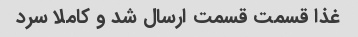
غذا قسمت قسمت ارسال شد و کاملا سرد